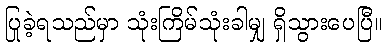
ပြုခဲ့ရသည်မှာ သုံးကြိမ်သုံးခါမျှ ရှိသွားပေပြီ။